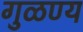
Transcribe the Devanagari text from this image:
गुळण्य